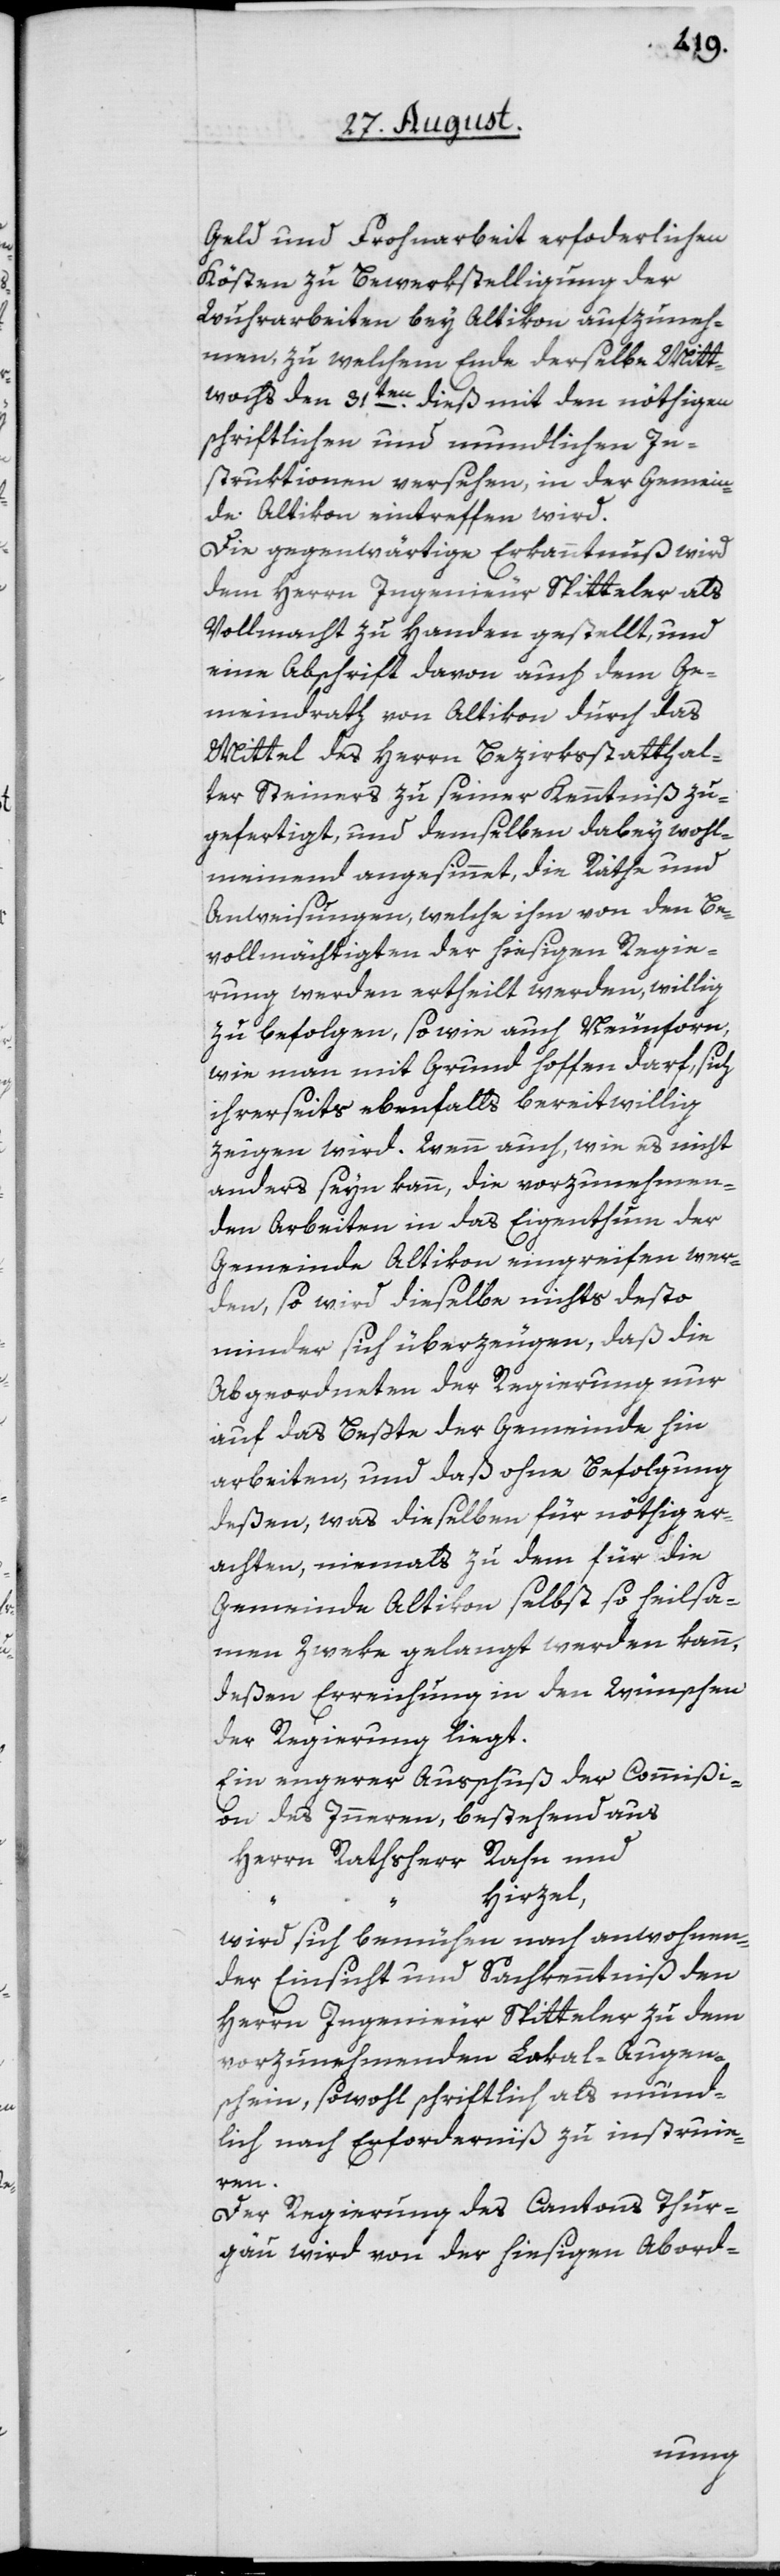
Geld und Frohnarbeit erfoderlichen
Kösten zu Bewerkstelligung der
Wuhrarbeiten bey Altikon aufzuneh¬
men, zu welchem Ende derselbe Mitt¬
wochs den 31ten dieß mit den nöthigen
schriftlichen und mundlichen In¬
struktionen versehen, in der Gemein¬
de Altikon eintreffen wird.
Die gegenwärtige Erkanntnuß wird
dem Herrn Ingenieur Spitteler als
Vollmacht zu Handen gestellt, und
eine Abschrift davon auch dem Ge¬
meindrath von Altikon durch das
Mittel des Herrn Bezirksstatthal¬
ter Steiners zu seiner Kenntniß zu¬
gefertigt, und demselben dabey wohl¬
meinend angesinnet, die Räthe und
Anweisungen, welche ihm von den Be¬
vollmächtigten der hiesigen Regie¬
rung werden ertheilt werden, willig
zu befolgen, so wie auch Neunforn,
wie man mit Grund hoffen darf, sich
ihrerseits ebenfalls bereitwillig
zeigen wird. Wenn auch, wie es nicht
anders seyn kann, die vorzunehmen¬
den Arbeiten in das Eigenthum der
Gemeinde Altikon eingreifen wer¬
den, so wird dieselbe nichts desto
minder sich überzeugen, daß die
Abgeordneten der Regierung nur
auf das Beßte der Gemeinde hin
arbeiten, und daß ohne Befolgung
deßen, was dieselben für nöthig er¬
achten, niemals zu dem für die
Gemeinde Altikon selbst so heilsa¬
men Zweke gelangt werden kann,
deßen Erreichung in den Wünschen
der Regierung liegt.
Ein engerer Ausschuß der Commißi¬
on des Inneren, bestehend aus
Herrn Rathsherr Rahn und
Hirzel,
wird sich bemühen nach anwohnen¬
der Einsicht und Sachkenntniß den
Herrn Ingenieur Spitteler zu dem
vorzunehmenden Lokal-Augen¬
schein, sowohl schriftlich als mund¬
lich nach Erforderniß zu instruie¬
ren.
Der Regierung des Cantons Thur¬
gäu wird von der hiesigen Abord-